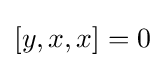
[y,x,x]=0